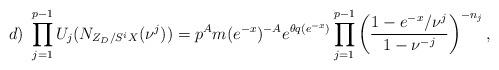
LaTeX: \begin{align*}d) \ \prod^{p-1}_{j=1}U_{j}(N_{Z_{D}/S^{i}X}(\nu^{j}))=p^{A}m(e^{-x})^{-A}e^{\theta q(e^{-x})}\prod^{p-1}_{j=1}\left(\frac{1-e^{-x}/\nu^{j}}{1-\nu^{-j}}\right)^{-n_{j}},\end{align*}